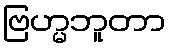
ဗြဟ္မဘူတာ